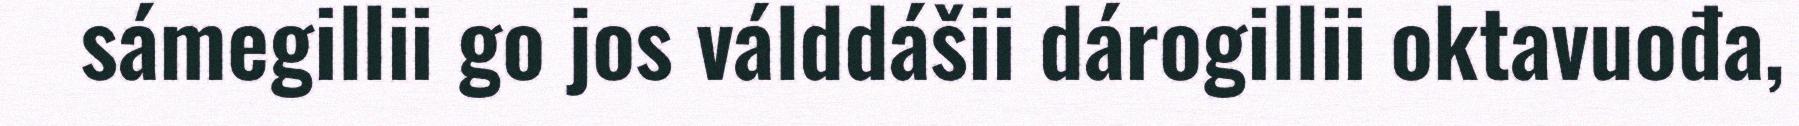
sámegillii go jos válddášii dárogillii oktavuođa,